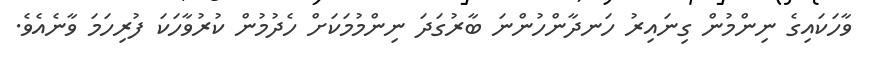
ވާހަކައިގެ ނިންމުން ގިނައިރު ހަނދާންހުންނަ ބާރުގަދަ ނިންމުމަކަށް ހެދުމުން ކުރުވާހަކަ ފުރިހަމަ ވާނެއެވެ.